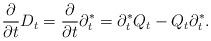
LaTeX: \begin{align*}\frac{\partial}{\partial t} D_t =\frac{\partial}{\partial t} \partial^*_t =\partial^*_t Q_t- Q_t \partial^*_t.\end{align*}